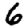
Digit: 6